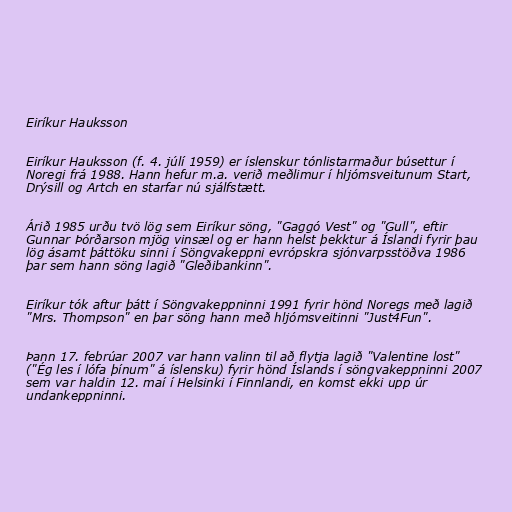
Eiríkur Hauksson

Eiríkur Hauksson (f. 4. júlí 1959) er íslenskur tónlistarmaður búsettur í
Noregi frá 1988. Hann hefur m.a. verið meðlimur í hljómsveitunum Start,
Drýsill og Artch en starfar nú sjálfstætt.

Árið 1985 urðu tvö lög sem Eiríkur söng, "Gaggó Vest" og "Gull", eftir
Gunnar Þórðarson mjög vinsæl og er hann helst þekktur á Íslandi fyrir þau
lög ásamt þáttöku sinni í Söngvakeppni evrópskra sjónvarpsstöðva 1986
þar sem hann söng lagið "Gleðibankinn".

Eiríkur tók aftur þátt í Söngvakeppninni 1991 fyrir hönd Noregs með lagið
"Mrs. Thompson" en þar söng hann með hljómsveitinni "Just4Fun".

Þann 17. febrúar 2007 var hann valinn til að flytja lagið "Valentine lost"
("Ég les í lófa þínum" á íslensku) fyrir hönd Íslands í söngvakeppninni 2007
sem var haldin 12. maí í Helsinki í Finnlandi, en komst ekki upp úr
undankeppninni.